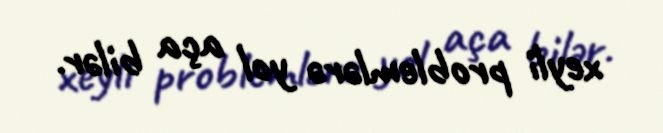
xeyli problemlərə yol aça bilər.